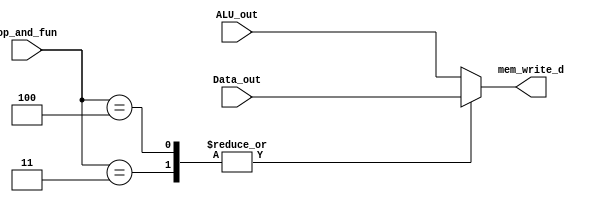
 module MemoryControl(output reg [7:0] mem_write_d , input [7:0] ALU_out,Data_out,input [3:0]op_and_fun);  
 always @(*)  
 casex (op_and_fun)  
  4'b0011: mem_write_d=Data_out;  
  4'b0100: mem_write_d=Data_out;   
  default: mem_write_d=ALU_out; 
  endcase  

 endmodule